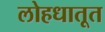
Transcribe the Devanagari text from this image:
लोहधातूत